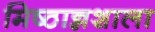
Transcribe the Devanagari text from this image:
मिष्ठान्नशाला